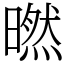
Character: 㬗